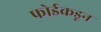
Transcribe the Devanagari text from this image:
फोर्डकडून